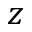
z